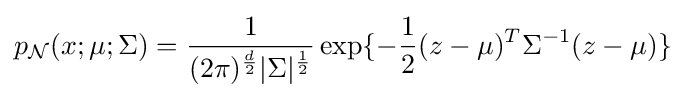
p_{\mathcal {N}}(x;\mu ;\Sigma )={\frac {1}{(2\pi )^{\frac {d}{2}}|\Sigma |^{\frac {1}{2}}}}\exp\{-{\frac {1}{2}}(z-\mu )^{T}\Sigma ^{-1}(z-\mu )\}